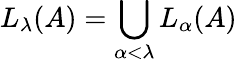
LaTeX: L_{\lambda}(A)=\bigcup_{\alpha<\lambda}L_{\alpha}(A)